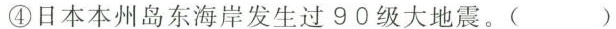
④日本本州岛东海岸发生过90级大地震。( )